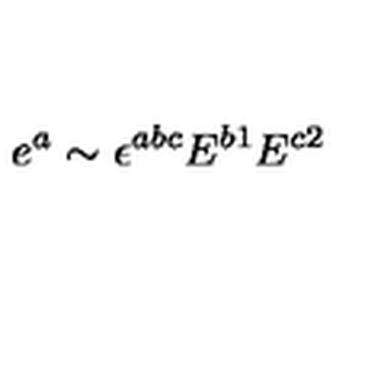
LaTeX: e ^ { a } \sim \epsilon ^ { a b c } E ^ { b 1 } E ^ { c 2 }